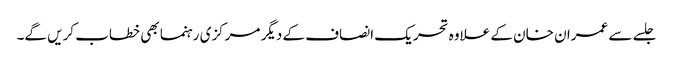
جلسے سے عمران خان کے علاوہ تحریک انصاف کے دیگر مرکزی رہنما بھی خطاب کریں گے۔